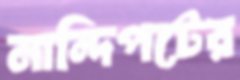
নান্দিপটের